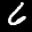
Label: 6